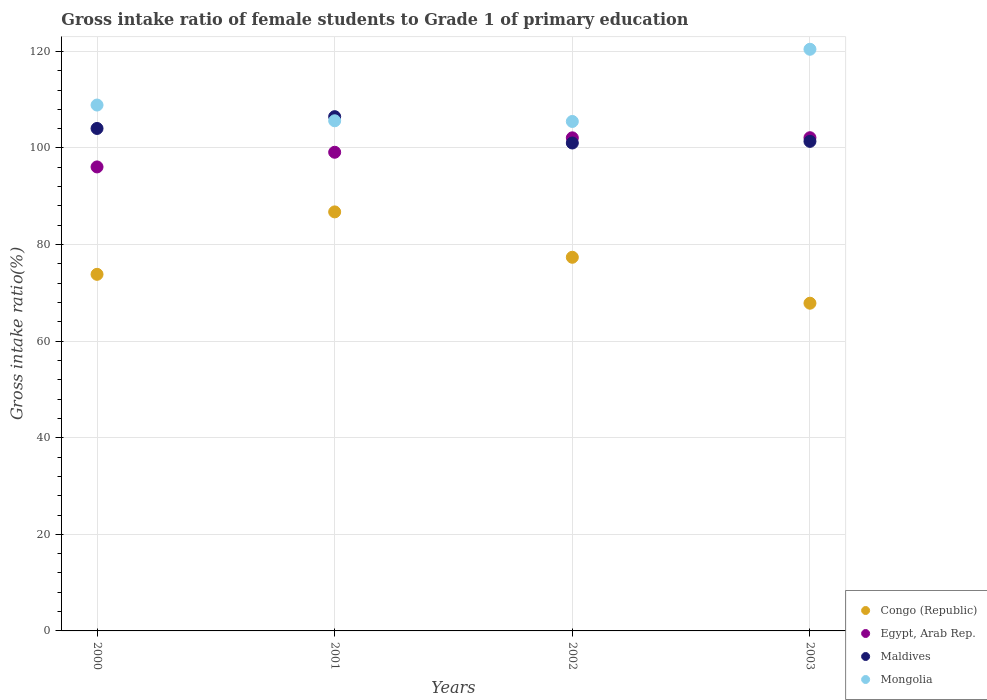
| Years | Congo (Republic) | Egypt, Arab Rep. | Maldives | Mongolia |
 | --- | --- | --- | --- | --- |
 | 2000 | 73.8 | 96.1 | 104 | 109 |
 | 2001 | 86.8 | 99.1 | 106 | 106 |
 | 2002 | 77.4 | 102 | 101 | 105 |
 | 2003 | 67.9 | 102 | 101 | 120 |